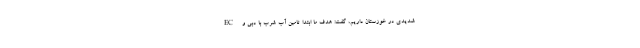
شدیدی در خوزستان داریم، گفت: هدف ما ابتدا تامین آب شرب با دبی و EC